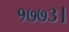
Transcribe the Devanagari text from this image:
१७७३।